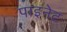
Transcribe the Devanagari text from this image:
पाइनेट